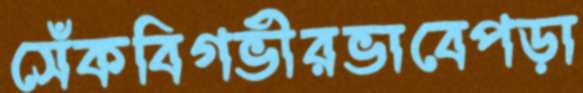
সেঁকবিগভীরভাবেপড়া